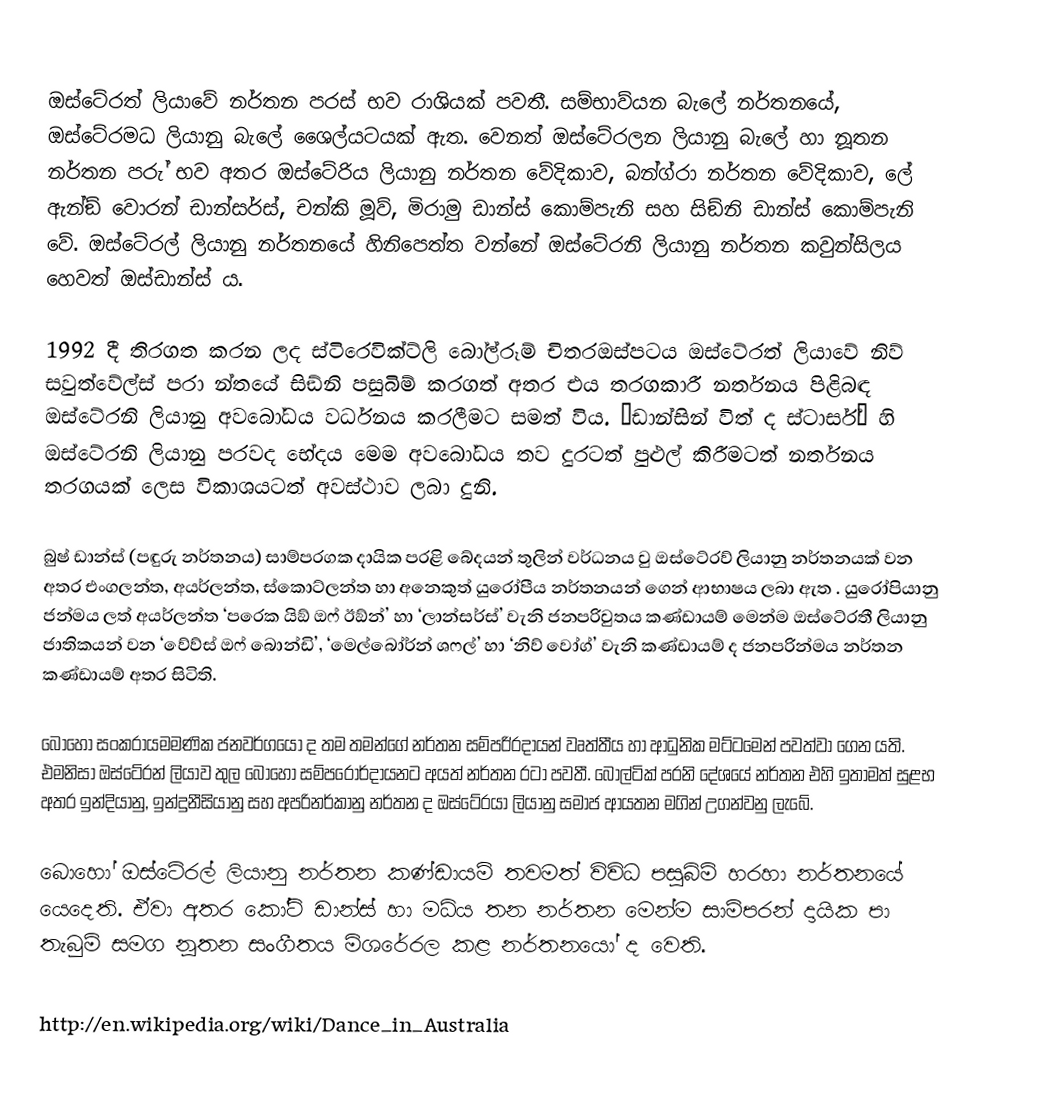
ඔස්ටේරත් ලියාවේ නර්තන පරස් භව රාශියක් පවතී. සම්භාව්යන බැලේ නර්තනයේ, ඔස්ටේරමධ ලියානු බැලේ ශෛල්යටයක් ඇත. වෙනත් ඔස්ටේරලන ලියානු බැලේ හා නූතන නර්තන පරු් භව අතර ඔස්ටේරිය ලියානු නර්තන වේදිකාව, බන්ග්රා නර්තන වේදිකාව, ලේ ඇන්ඞ් වොරන් ඩාන්සර්ස්, චන්කි මූව්, මිරාමු ඩාන්ස් කොම්පැනි සහ සිඞ්නි ඩාන්ස් කොම්පැනි වේ. ඔස්ටේරල් ලියානු නර්තනයේ හිනිපෙත්ත වන්නේ ඔස්ටේරනි ලියානු නර්තන කවුන්සිලය හෙවත් ඔස්ඩාන්ස් ය.

1992 දී තිරගත කරන ලද ස්ටිරෙවික්ට්ලි බෝල්රූම් චිතරඔස්පටය ඔස්ටේරත් ලියාවේ නිව් සවුත්වේල්ස් පරා   න්තයේ සිඞ්නි පසුබිම් කරගත් අතර එය තරගකාරී නර්තනය පිළිබඳ ඔස්ටේරනි ලියානු අවබෝධය වර්ධනය කරලීමට සමත් විය. ‘ඩාන්සින් විත් ද ස්ටාර්ස්’ හි ඔස්ටේරනි ලියානු පරවද භේදය මෙම අවබෝධය තව දුරටත් පුළුල් කිරීමටත් නර්තනය තරගයක් ලෙස විකාශයටත් අවස්ථාව ලබා දුනි.

බුෂ් ඩාන්ස් (පඳුරු නර්තනය) සාම්පරගක දායික පරළි බේදයන් තුලින් වර්ධනය වු ඔස්ටේරව් ලියානු නර්තනයක් වන අතර එංගලන්ත, අයර්ලන්ත, ස්කොට්ලන්ත හා අනෙකුත් යුරෝපීය නර්තනයන් ගෙන් ආභාෂය ලබා ඇත . යුරෝපියානු ජන්මය ලත් අයර්ලන්ත ‘පරෙක යිඞ් ඔෆ් ඊඞ්න්’ හා ‘ලාන්සර්ස්’ වැනි ජනපරිවුතය කණ්ඩායම් මෙන්ම ඔස්ටේරතී ලියානු ජාතිකයන් වන ‘වේව්ස් ඔෆ් බොන්ඩි’, ‘මෙල්බෝර්න් ශෆල්’ හා ‘නිව් වෝග්’ වැනි කණ්ඩායම් ද ජනපරින්මය නර්තන කණ්ඩායම් අතර සිටිති.

බොහෝ සංකරායමමණික ජනවර්ගයෝ ද තම තමන්ගේ නර්තන සම්පරි්රදායන් වෘත්තීය හා ආධුනික මට්ටමෙන් පවත්වා ගෙන යති. එමනිසා ඔස්ටේරන් ලියාව තුල බොහෝ සම්පරෝර්දායනට අයත් නර්තන රටා පවතී. බෝල්ටික් පරනි දේශයේ නර්තන එහි ඉතාමත් සුළභ අතර ඉන්දියානු, ඉන්දුනීසියානු සහ අපරිනර්කානු නර්තන ද ඔස්ටේරයා ලියානු සමාජ ආයතන මගින් උගන්වනු ලැබේ.

බොහෝ ඔස්ටේරල් ලියානු නර්තන කණ්ඩායම් තවමත් විවිධ පසුබිම් හරහා නර්තනයේ යෙදෙති. ඒවා අතර කෝට් ඩාන්ස් හා මධ්ය තන නර්තන මෙන්ම සාම්පරන් දායික පා තැබුම් සමග නූතන සංගීතය මිශරේරල කළ නර්තනයෝ ද වෙති.

http://en.wikipedia.org/wiki/Dance_in_Australia